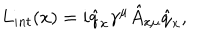
LaTeX: L _ { i n t } ( x ) = i \hat { q } _ { x } \gamma ^ { \mu } \hat { A } _ { x \mu } \hat { q } _ { x } ,